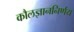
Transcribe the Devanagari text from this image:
कौलज्ञाननिर्णय